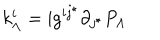
LaTeX: k _ { \Lambda } ^ { i } = \mathrm { { i } } g ^ { i j ^ { \star } } \partial _ { j ^ { \star } } P _ { \Lambda }